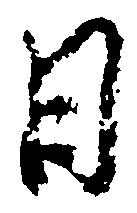
日